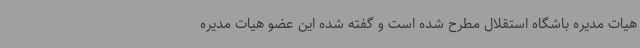
هیات مدیره باشگاه استقلال مطرح شده است و گفته شده این عضو هیات مدیره